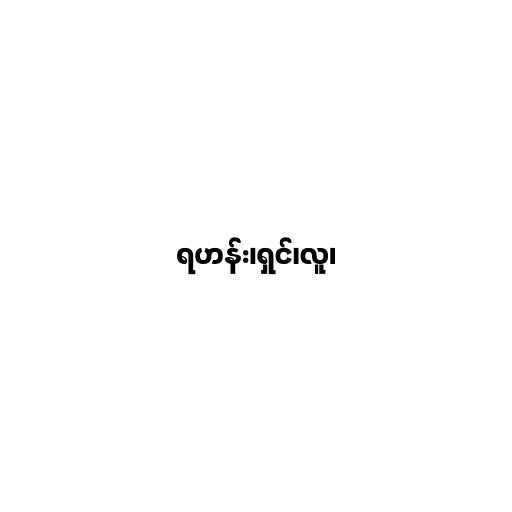
ရဟန်း၊ရှင်၊လူ၊